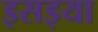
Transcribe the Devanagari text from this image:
इसइया